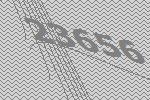
23656